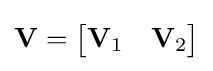
\mathbf {V} ={\begin{bmatrix}\mathbf {V} _{1}&\mathbf {V} _{2}\end{bmatrix}}